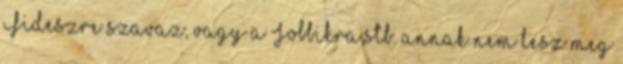
Fideszre szavaz, vagy a Jobbikra,stb. annak nem lesz meg